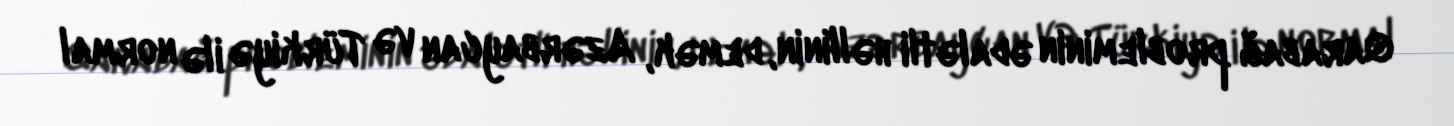
Qarabağ probleminin ədalətli həllinin, demək, Azərbaycan və Türkiyə ilə normal